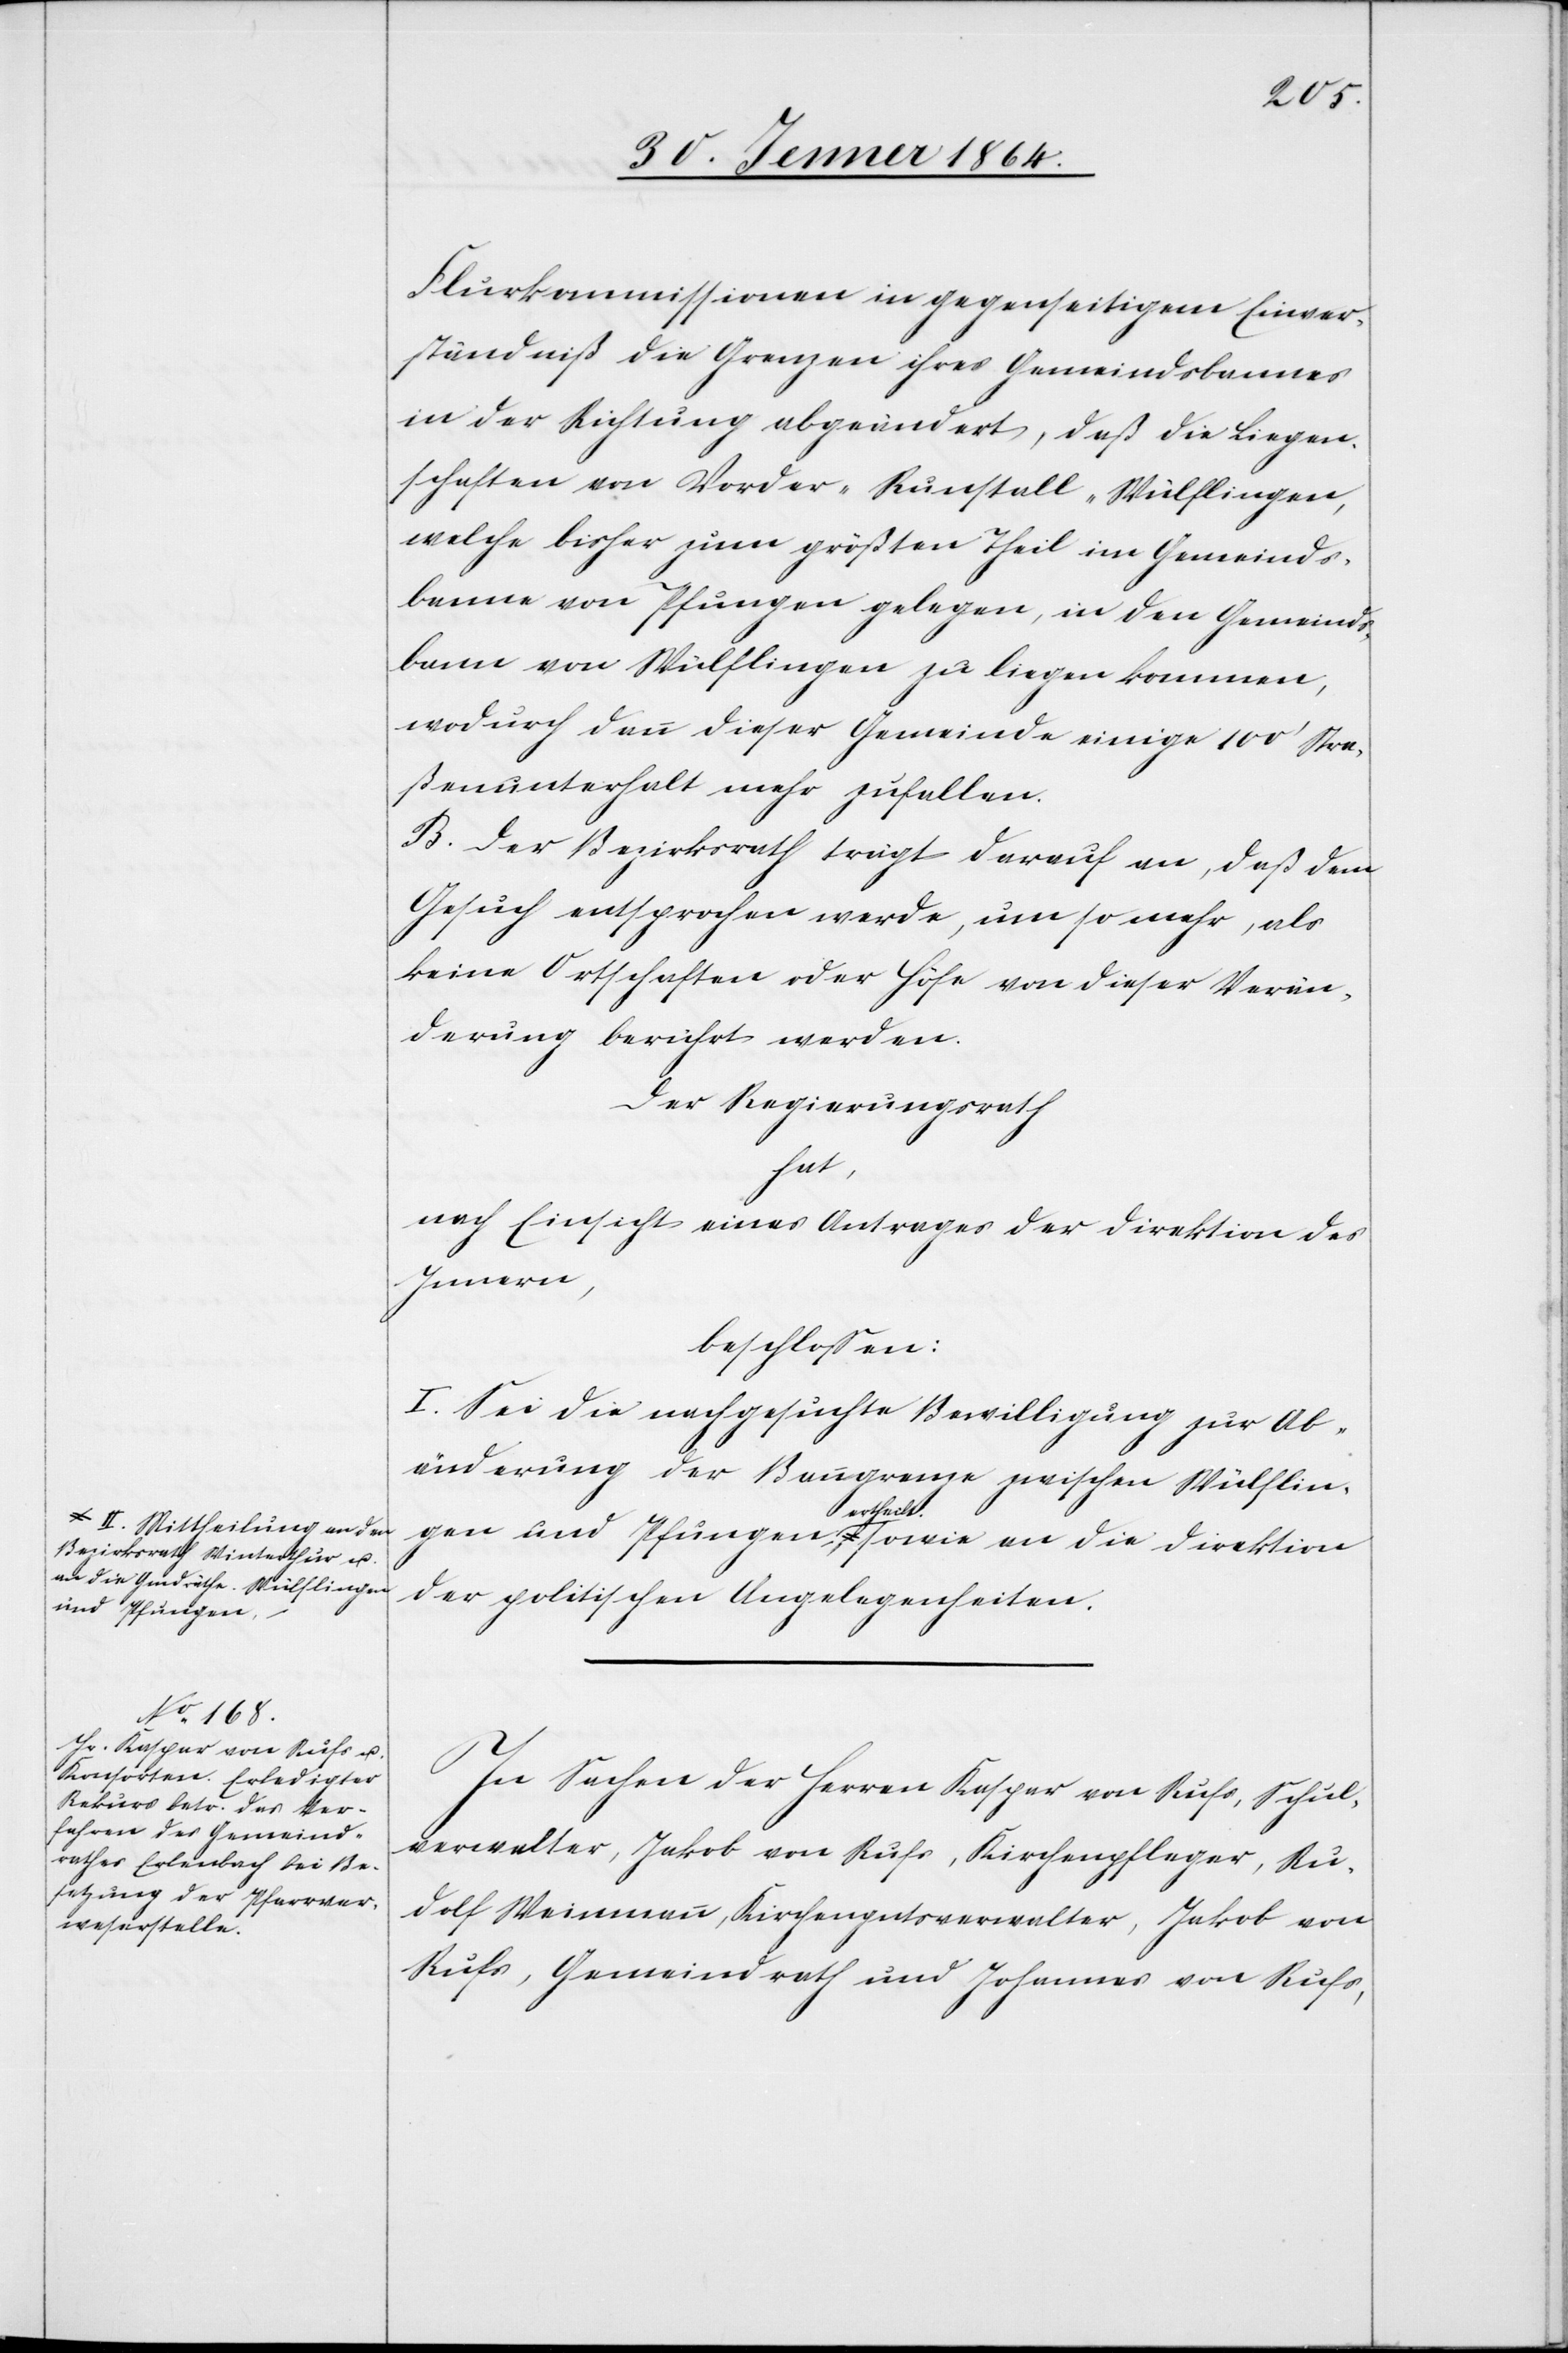
II. Mittheilung an den
Bezirksrath Winterthur u.
an die Gmdräthe. Wülflin¬
und Pfungen

Flurkommissionen in gegenseitigem Einver¬
ständniß die Grenzen ihres Gemeindbannes
in der Richtung abgeändert, daß die Liegen¬
schaften von Vorder-Runstall-Wülflingen,
welche bisher zum größten Theil im Gemeinds¬
banne von Pfungen gelegen, in den Gemeinds¬
bann von Wülflingen zu liegen kommen,
wodurch dann dieser Gemeinde einige 100’ Stra¬
ßenunterhalt mehr zufallen.
B. Der Bezirksrath trägt darauf an, daß dem
Gesuch entsprochen werde, um so mehr, als
keine Ortschaften oder Höfe von dieser Verän¬
derung berührt werden.
Der Regierungsrath
gen
nach Einsicht eines Antrages der Direktion des
Innern,
beschlossen:
I. Sei die nachgesuchte Bewilligung zur Ab¬
änderung der Banngrenze zwischen Wülflin¬
ertheilt.
gen und Pfungen, sowie an die Direktion
der politischen Angelegenheiten.
In Sachen der Herren Kaspar von Rufs, Schul¬
verwalter, Jakob von Rufs, Kirchenpfleger, Ru¬
dolf Weinmann, Kirchengutsverwalter, Jakob von
Rufs, Gemeindrath und Johannes von Rufs,